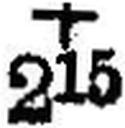
+ 215